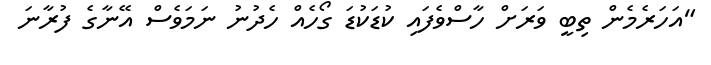
"އަހަރެމެން ތިބީ ވަރަށް ހާސްވެފައި ކުޑަކުޑަ ގޯހެއް ހެދުނު ނަމަވެސް އޭނާގެ ފުރާނަ